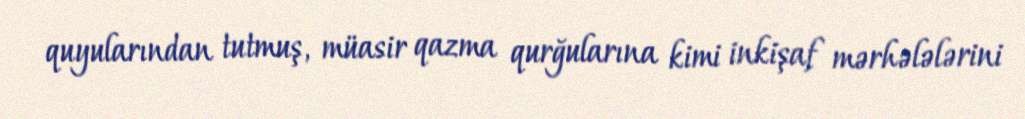
quyularından tutmuş, müasir qazma qurğularına kimi inkişaf mərhələlərini